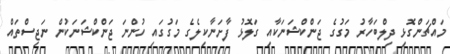
މައްޗަންގޮޅި ދިލްބަހާރު މަގުގެ ޖަންކްޝަނަކާއި ގަލޮޅު ފާށަނާކިލެގެ މަގުގައި ހުންނަ ޖަންކްޝަނަކުން ނަޖިސްތައް